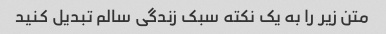
متن زیر را به یک نکته سبک زندگی سالم تبدیل کنید